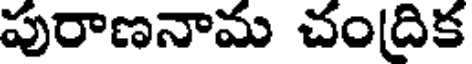
పురాణనామ చంద్రిక